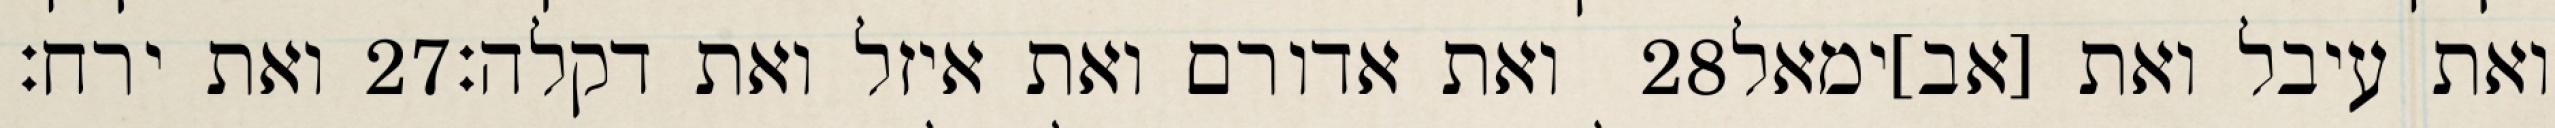
ואת ירח׃ ‎27‏ ואת אדורם ואת איזל ואת דקלה׃ ‎28‏ ואת עיבל ואת [אב]ימאל